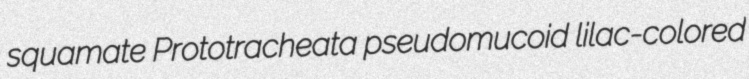
squamate Prototracheata pseudomucoid lilac-colored